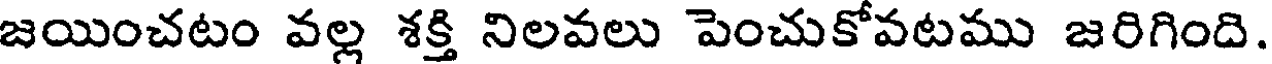
జయించటం వల్ల శక్తి నిలవలు పెంచుకోవటము జరిగింది.